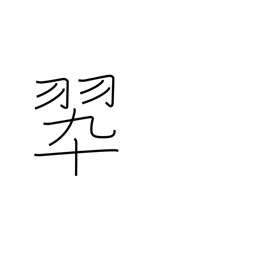
Meaning: color green